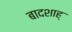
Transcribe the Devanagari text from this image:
बादशाह्